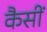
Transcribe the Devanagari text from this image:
कैसीं